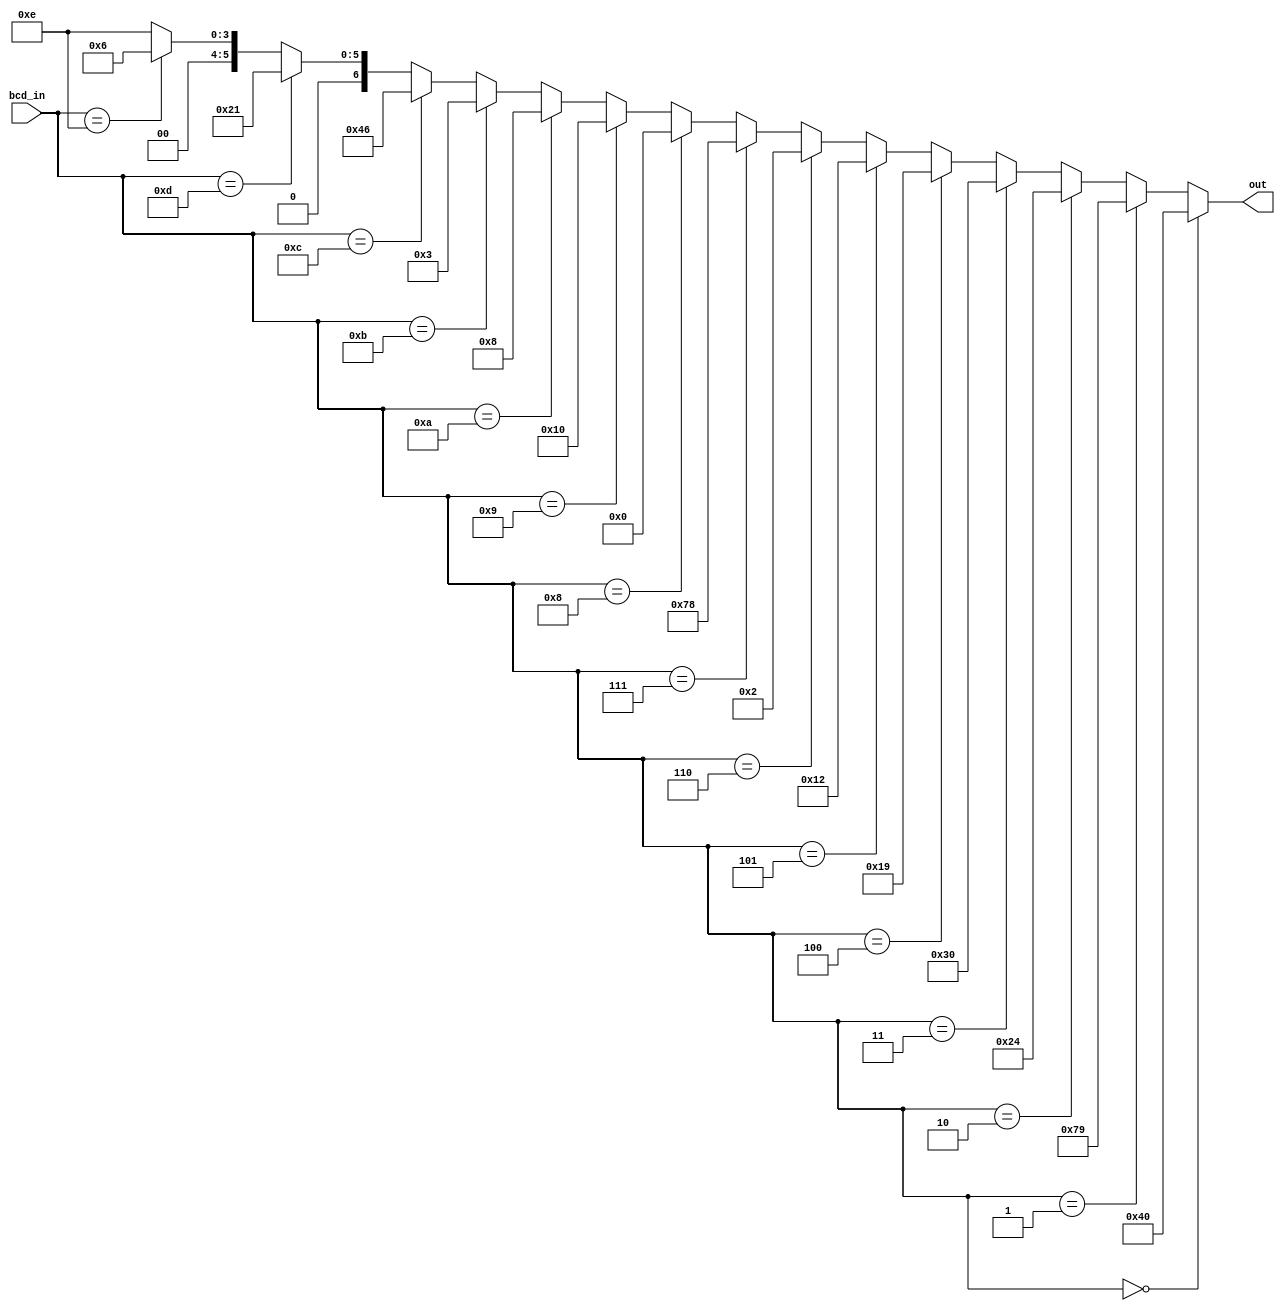
/*
 * bcd_to_ss.v
 * 2017/04/17 - Felipe Veas <felipe.veasv [at] usm.cl>
 *
 */

`timescale 1ns / 1ps

module bcd_to_ss
(
	input [3:0] bcd_in,
	output [6:0] out
);

	assign out =
		(bcd_in == 4'h0) ? 7'b1000000 :
		(bcd_in == 4'h1) ? 7'b1111001 :
		(bcd_in == 4'h2) ? 7'b0100100 :
		(bcd_in == 4'h3) ? 7'b0110000 :
		(bcd_in == 4'h4) ? 7'b0011001 :
		(bcd_in == 4'h5) ? 7'b0010010 :
		(bcd_in == 4'h6) ? 7'b0000010 :
		(bcd_in == 4'h7) ? 7'b1111000 :
		(bcd_in == 4'h8) ? 7'b0000000 :
		(bcd_in == 4'h9) ? 7'b0010000 :
		(bcd_in == 4'hA) ? 7'b0001000 :
		(bcd_in == 4'hB) ? 7'b0000011 :
		(bcd_in == 4'hC) ? 7'b1000110 :
		(bcd_in == 4'hD) ? 7'b0100001 :
		(bcd_in == 4'hE) ? 7'b0000110 : 7'b0001110;

endmodule